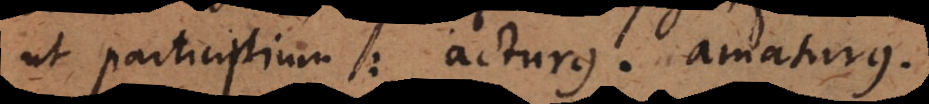
ut participium: acturus. amaturus.